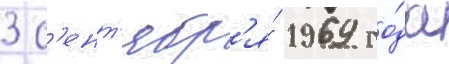
3 с'ент'ябр'я́ 1969 го́да